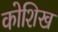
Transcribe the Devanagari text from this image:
कोशिख